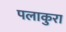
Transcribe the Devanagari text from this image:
पलाकुरा